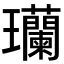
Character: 𬎟